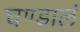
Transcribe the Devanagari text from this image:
चण्डालं